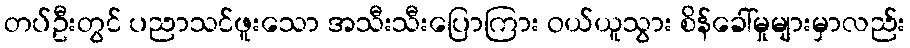
တပ်ဦးတွင် ပညာသင်ဖူးသော အသီးသီးပြောကြား ဝယ်ယူသွား စိန်ခေါ်မှုများမှာလည်း